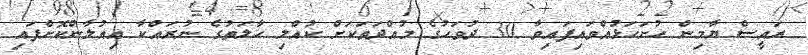
ރައީސް ޔާމިން ހުށަހަޅުއްވައިފައިވާ 30 ދުވަހުގެ މުއްދަތަކަށް ކުއްލި ހާލަތުގެ ނުރައްކާ އިއުލާންކޮށްފައި